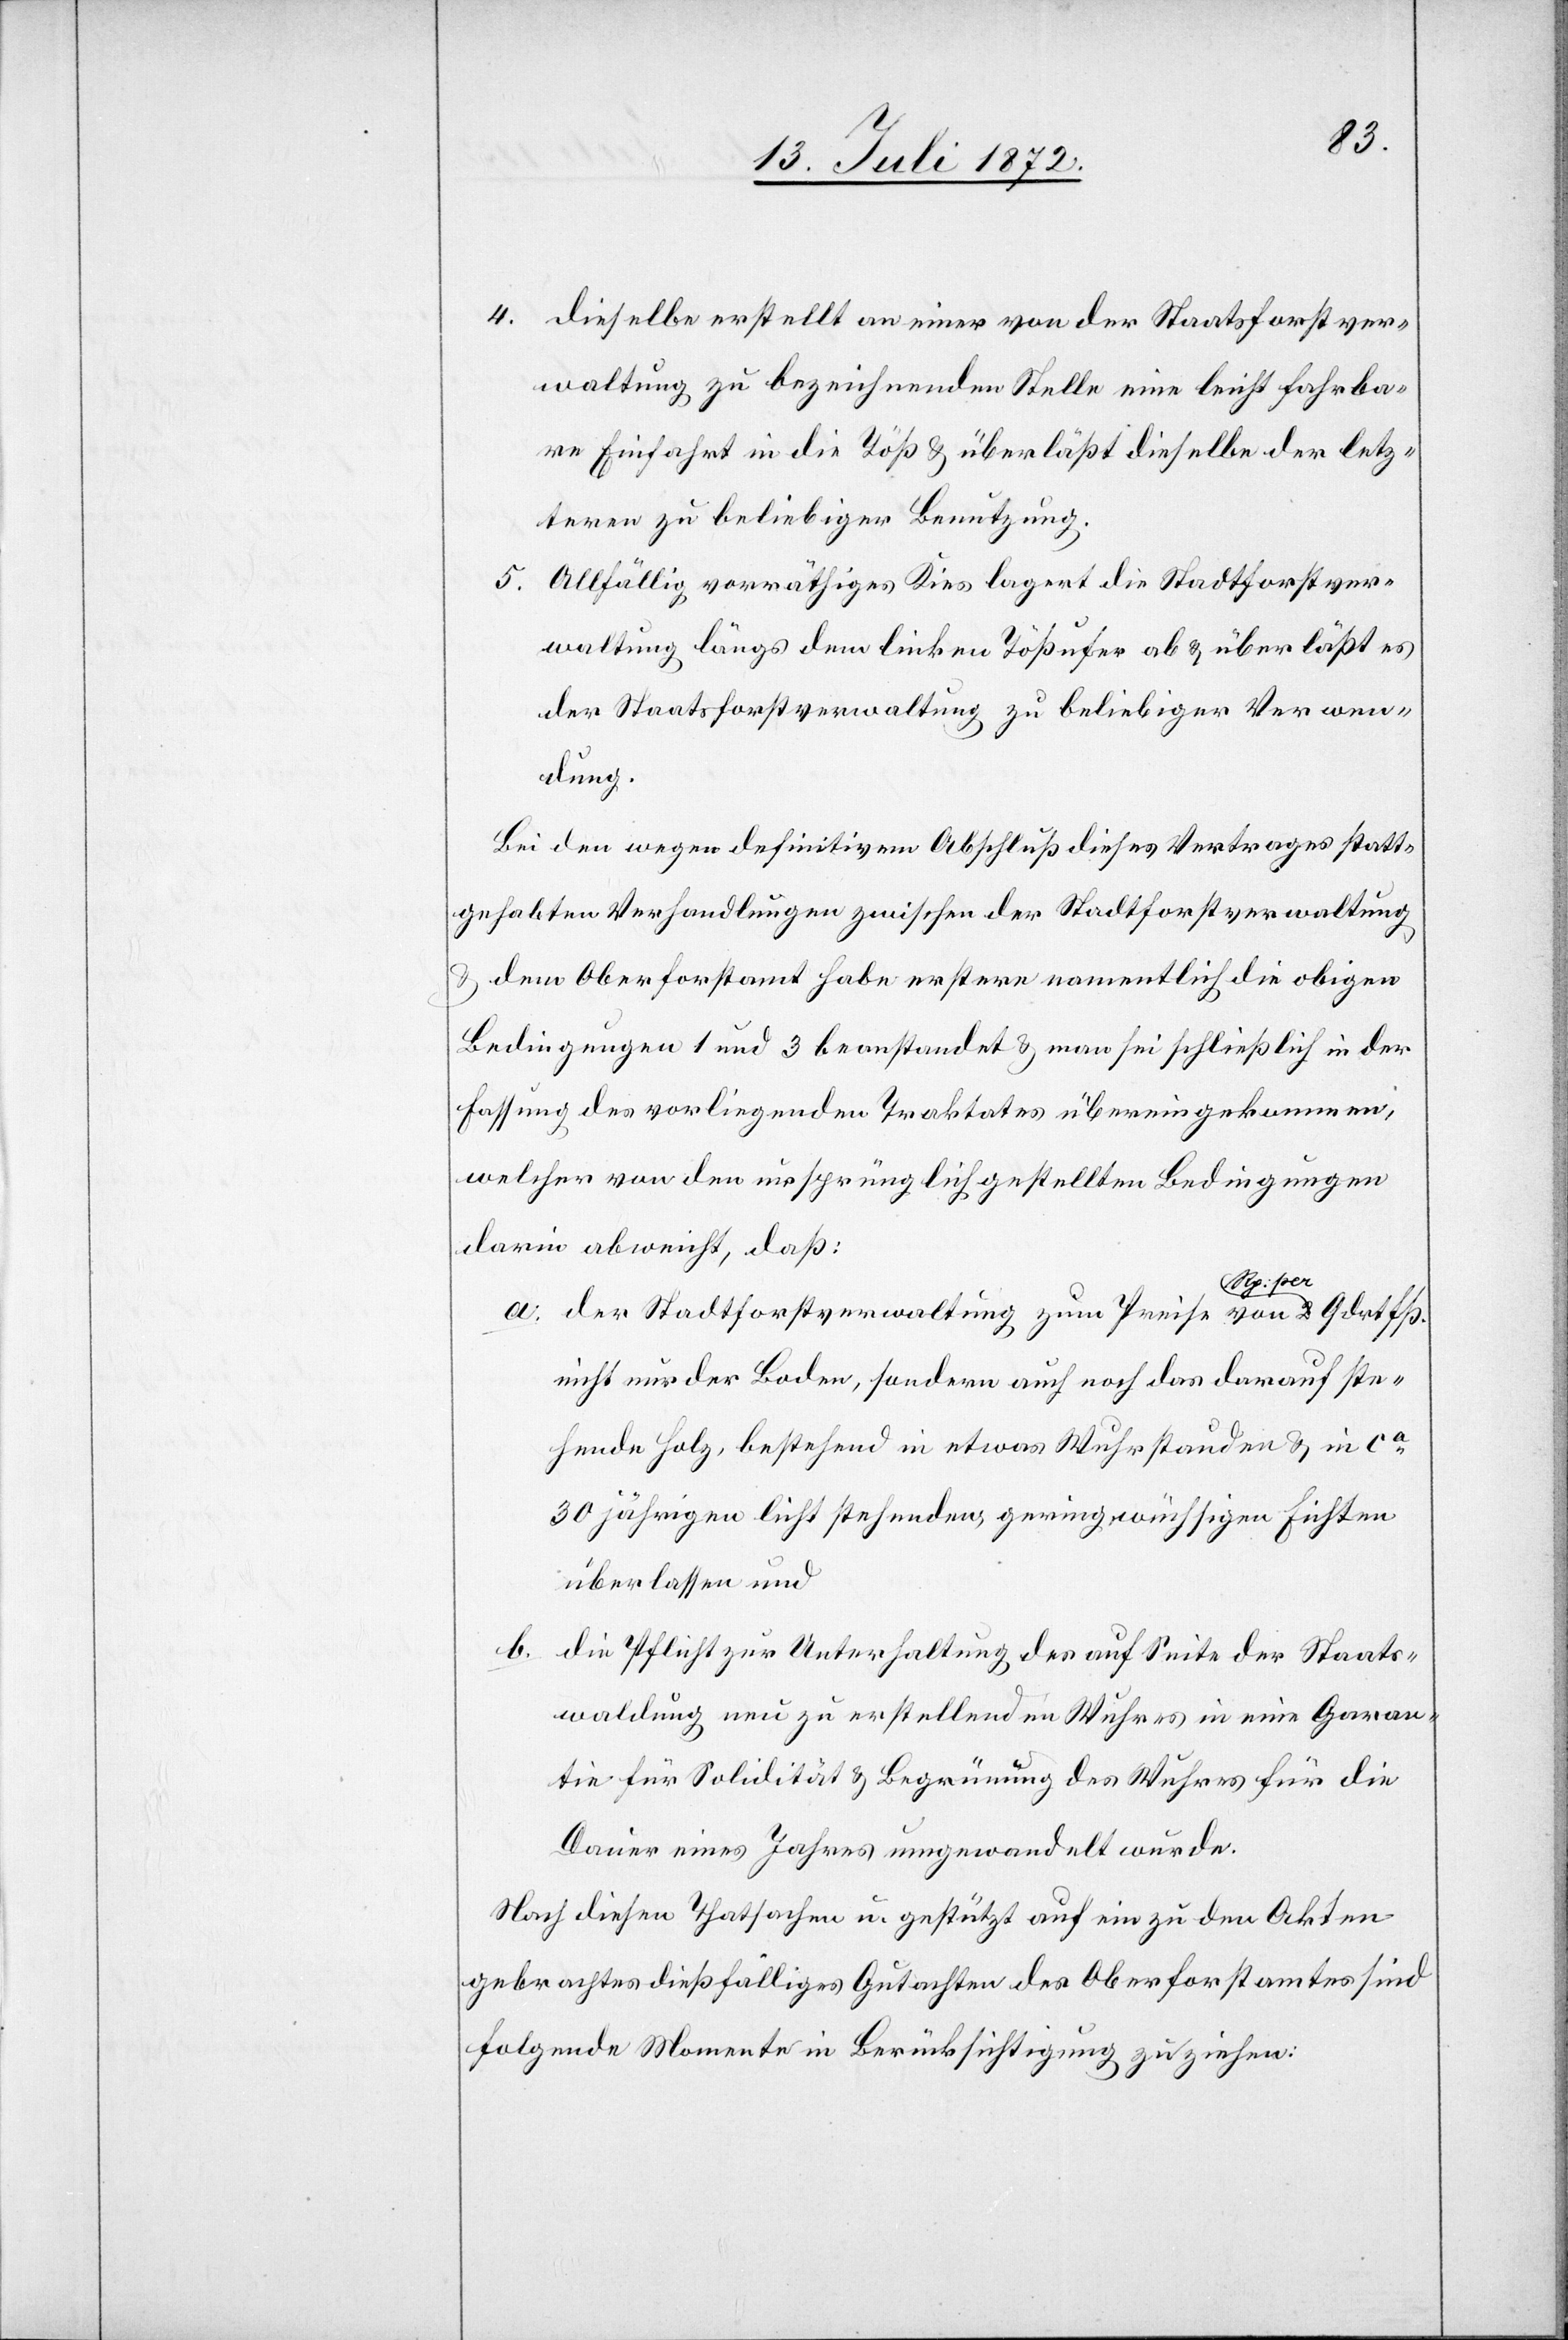
4. dieselbe erstellt an einer von der Staatsforstver¬
waltung zu bezeichnenden Stelle eine leicht fahrba¬
re Einfahrt in die Töß u. überläßt dieselbe der letz¬
teren zu beliebiger Benutzung.
5. Allfällig vorräthiges Kies lagert die Stadtforstver¬
waltung längs dem linken Tößufer ab u. überläßt es
der Staatsforstverwaltung zu beliebiger Verwen¬
dung.
Bei den wegen definitivem Abschluß dieses Vertrages statt¬
gehabten Verhandlungen zwischen der Stadtforstverwaltung
u. dem Oberforstamt habe erstere namentlich die obigen
Bedingungen 1 und 3 beanstandet u. man sei schließlich in der
Fassung des vorliegenden Traktates übereingekommen,
welcher von den ursprünglich gestellten Bedingungen
darin abweicht, daß:
a. der Stadtforstverwaltung zum Preise von 2 Rp. per
nicht nur der Boden, sondern auch noch das darauf ste¬
hende Holz, bestehend in etwas Wuhrstauden u. in ca
30jährigen licht stehenden geringwüchsigen Fichten
überlassen und
b. die Pflicht zur Unterhaltung der auf Seite der Staats¬
waldung neu zu erstellenden Wuhres in eine Garan¬
tie für Solidität u. Begrünung des Wuhres für die
Dauer eines Jahres umgewandelt wurde.
Nach diesen Thatsachen u. gestützt auf ein zu den Akten
gebrachtes dießfälliges Gutachten des Oberforstamtes sind
folgende Momente in Berücksichtigung zu ziehen: